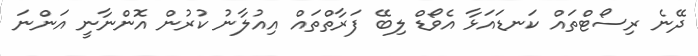
ދޭނެ ރިސޯޓްތައް ކަނޑައަޅާ އެވޯޑް ލިބޭ ފަރާތްތައް އިއުލާނު ކުރުން އޮންނާނީ އަންނަ